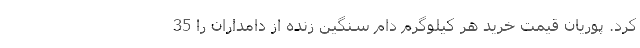
کرد. پوریان قیمت خرید هر کیلوگرم دام سنگین زنده از دامداران را 35